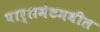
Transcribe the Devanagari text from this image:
पार्लमेटमधील